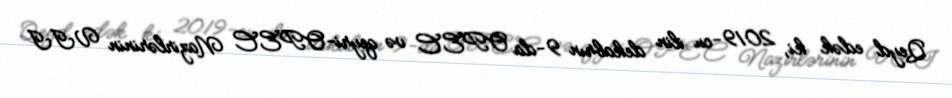
Qeyd edək ki, 2019-cu ilin dekabrın 9-da OPEC və qeyri-OPEC Nazirlərinin VII